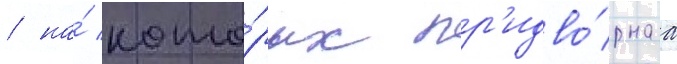
/ на́ кото́рых пр'идво́рнаа